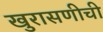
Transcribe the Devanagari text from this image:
खुरासणीची